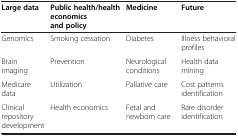
<table><thead><tr><td><b>Large data</b></td><td><b>Public health/health economics and policy</b></td><td><b>Medicine</b></td><td><b>Future</b></td></tr></thead><tbody><tr><td>Genomics</td><td>Smoking cessation</td><td>Diabetes</td><td>Illness behavioral profiles</td></tr><tr><td>Brain imaging</td><td>Prevention</td><td>Neurological conditions</td><td>Health data mining</td></tr><tr><td>Medicare data</td><td>Utilization</td><td>Pallative care</td><td>Cost patterns identification</td></tr><tr><td>Clinical repository development</td><td>Health economics</td><td>Fetal and newborn care</td><td>Rare disorder identification</td></tr></tbody></table>